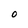
Character: O